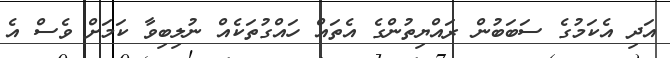
އަދި އެކަމުގެ ސަބަބުން ރައްޔިތުންގެ އެތައް ހައްގުތަކެއް ނުލިބިވާ ކަމަށް ވެސް އެ